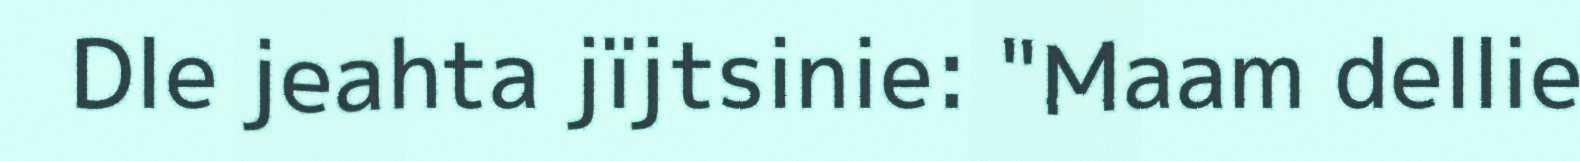
Dle jeahta jïjtsinie: "Maam dellie